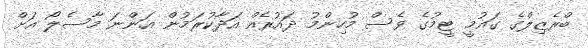
ބްރެޒިލްގެ ގައުމީ ޓީމުގެ ވެސް މުހިންމު ދައުރެއް އަދާކުރަމުން އަންނަ މާސެލޯ އަށް